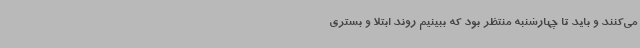
می‌کنند و باید تا چهارشنبه منتظر بود که ببینیم روند ابتلا و بستری